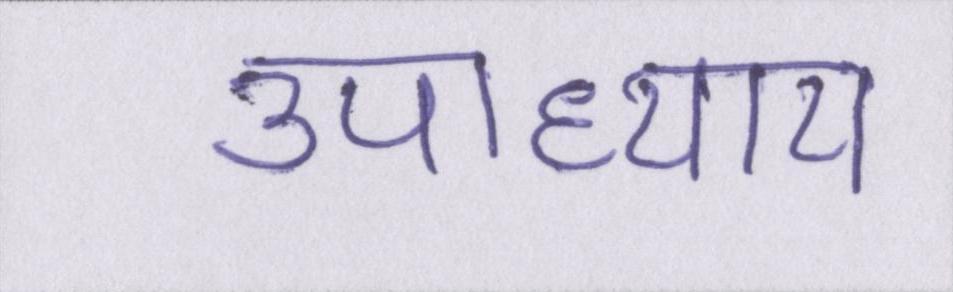
उपाध्याय